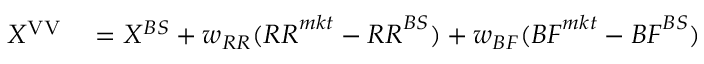
\begin{array} { r l } { X ^ { \mathrm { { V V } } } } & { { } = X ^ { B S } + w _ { R R } ( { R R } ^ { m k t } - { R R } ^ { B S } ) + w _ { B F } ( { B F } ^ { m k t } - { B F } ^ { B S } ) } \end{array}